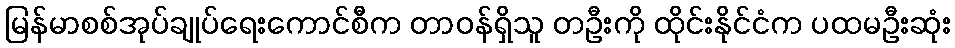
မြန်မာစစ်အုပ်ချုပ်ရေးကောင်စီက တာဝန်ရှိသူ တဦးကို ထိုင်းနိုင်ငံက ပထမဦးဆုံး